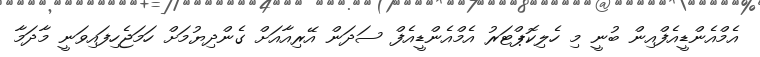
އެމްއެންޑީއެފްއިން ބުނީ މި ހެލިކޮޕްޓަރު އެމްއެންޑީއެފް ސަދަން އޭރިއާއަށް ގެންދިޔުމަށް ހަމަޖެހިފައިވަނީ މާދަމާ